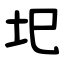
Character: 圯